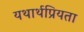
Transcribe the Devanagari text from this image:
यथार्थप्रियता